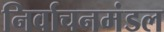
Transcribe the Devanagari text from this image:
निर्वाचनमंडल